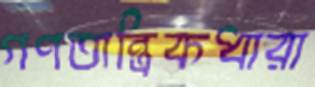
গণতান্ত্রিকধারা